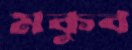
মকুব